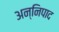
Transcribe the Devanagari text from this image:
अन्निपाद